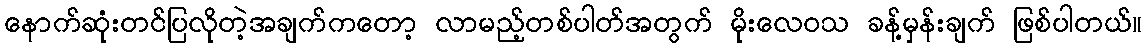
နောက်ဆုံးတင်ပြလိုတဲ့အချက်ကတော့ လာမည့်တစ်ပါတ်အတွက် မိုးလေဝသ ခန့်မှန်းချက် ဖြစ်ပါတယ်။